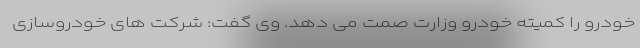
خودرو را کمیته خودرو وزارت صمت می دهد. وی گفت: شرکت های خودروسازی